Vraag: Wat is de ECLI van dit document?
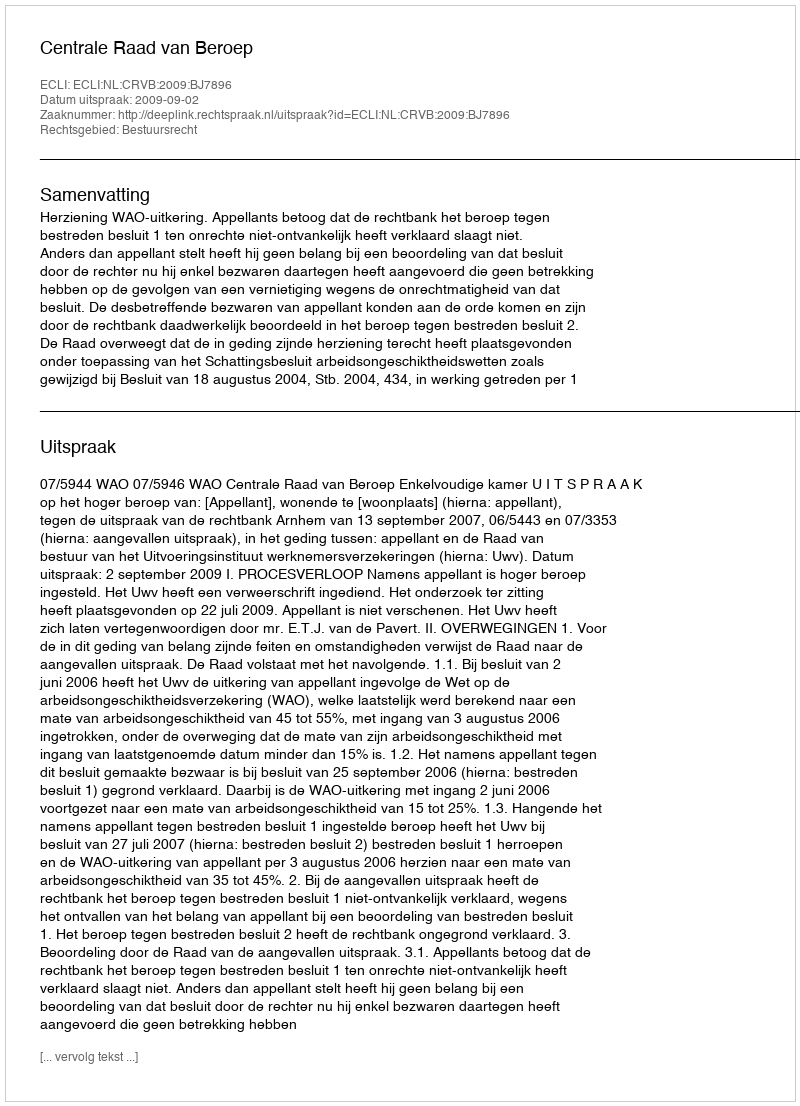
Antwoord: ECLI:NL:CRVB:2009:BJ7896